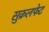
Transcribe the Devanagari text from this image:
सुक्रलफेट